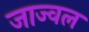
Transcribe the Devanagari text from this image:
जाज्वल